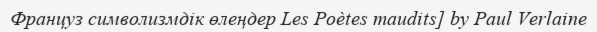
Француз символизмдік өлеңдер Les Poètes maudits] by Paul Verlaine